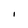
Character: i